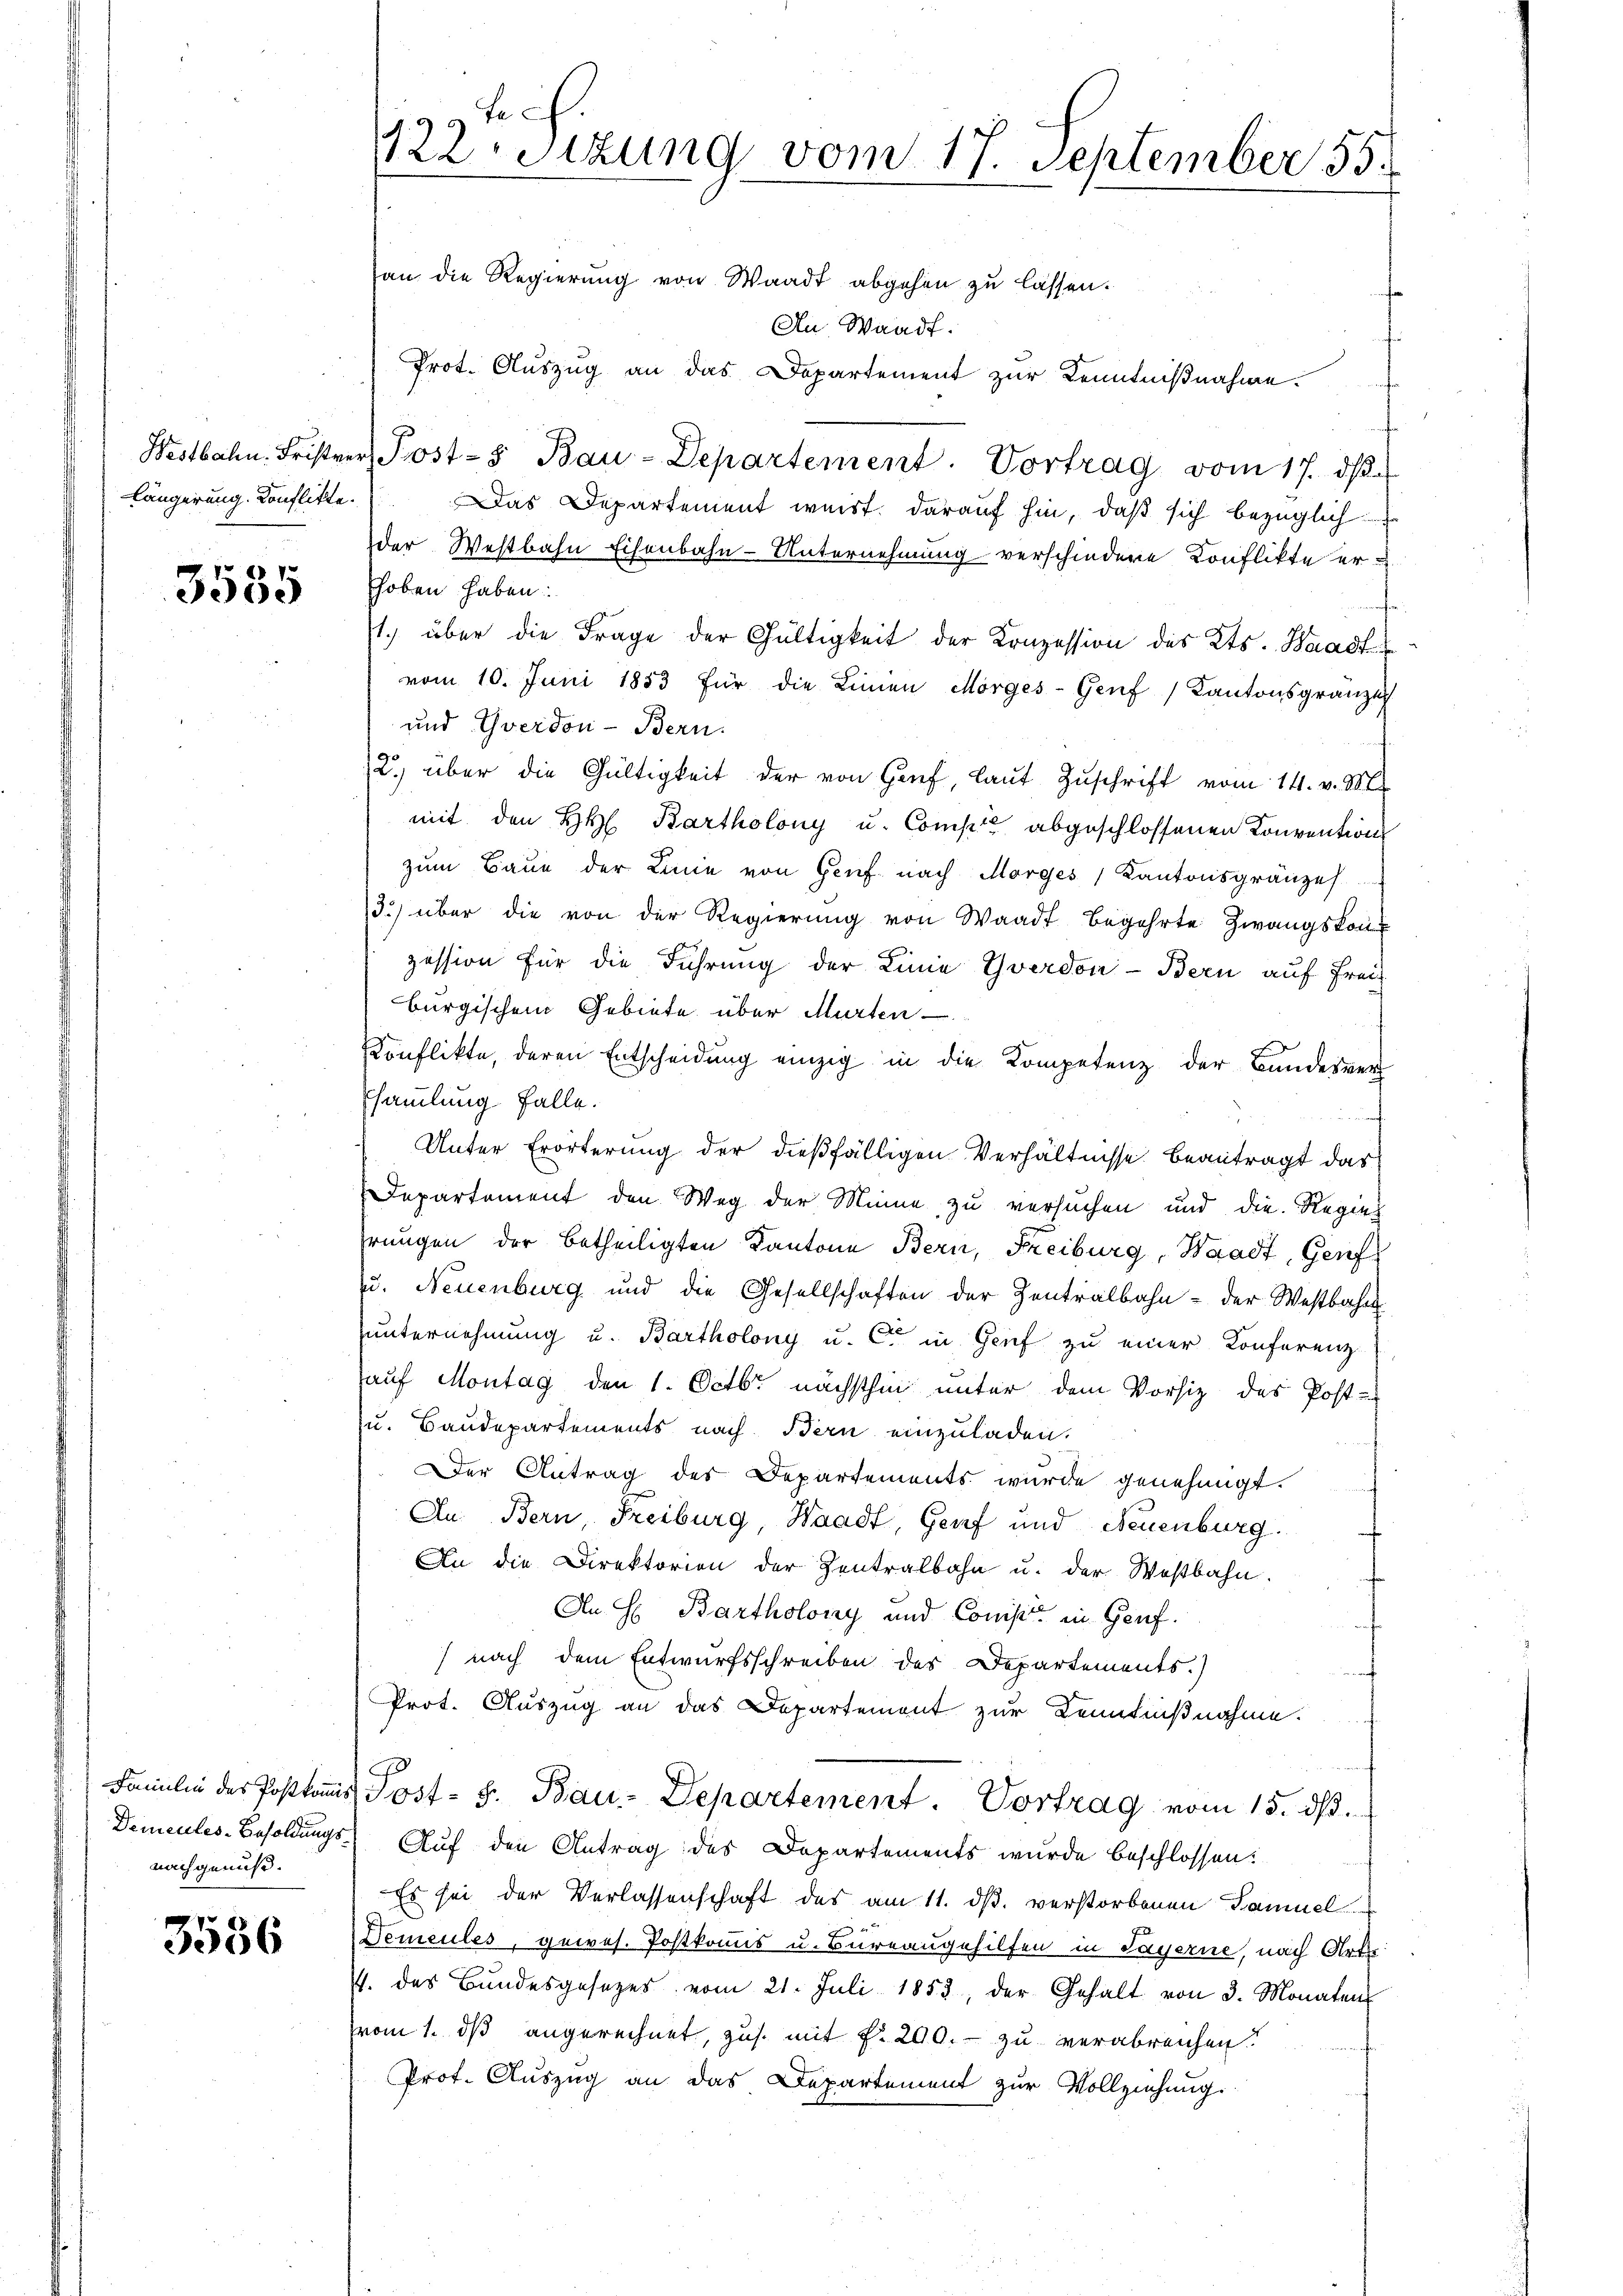
längerung. Konflikte.

3535

nachgenuß.

3536

an die Regierung von Waadt abgehen zu lassen.
An Waadt.
Prot. Auszug an das Departement zur Kenntnißnahme.
Westbahn. Frister Post- & Bau-Departement. Vortrag vom 17. dβ.
Das Departement weist. Darauf hin, daß sich bezüglich
der Westbahn Eisenbahn-Unternehmung verschiedere Konflikte er-
hoben haben:
1.) über die Frage der Gültigkeit der Konzession des Kts. Waadt
vom 10. Juni 1853 für die Linien Morges-Genf, Kantonsgranz
und Yverdon- Bern.
2. über die Gültigkeit der von Genf, laŭt Zŭschrift vom 14. v. M.
mit den H. Bartholony u. Compte abgeschlossenen Konvention
zŭm Baue der Linie von Genf nach Morges Kantonsgränzes
3. über die von der Regierŭng von Waadt Begehrte Zwangskon
zession für die Führung der Linie Yverdon- Bern auf Frei-
bürgischem Gebiete über Murten
Konflikte, deren Entscheidung einzig in die Kompetenz der Bundesver
Esammlung falle.
Unter Erörterung der dießfälligen Verhältnisse beantragt das
Departement den Weg der Minne zu versuchen und die Regier
rungen der betheiligten Kantone Bern, Freiburg, Waadt, Genf
u. Neuenburg und die Gesellschaften der Zentralbahn - der Westbahn
unternehmung u. Bartholony u. C in Genf zu einer Konferenz
auf Montag den 1. Octbr. nächsthin unter dem Vorsiz des Post-
u. Baudepartements nach Bern einzuladen.
Der Antrag des Departements wurde genehmigt.
An Bern, Freiburg, Waadt, Genf und Neuenburg
An die Direktorien der Zentralbahn u. der Westbahn.
An H: Bartholony und Const in Genf.
(nach dem Entwurfsschreiben des Departements.)
Prot. Auszug an das Departement zur Kenntnißnahme.
Familie der Posttans Post- s. Bau-Departement. Vortrag vom 15. ds.
Demcules-Besoldungs- Auf den Antrag des Departements wurde beschlossen:
Es sei der Verlassenschaft des am 11. ds. verstorbenen Samuel
Dementes, gewes. Postkomis u. Bureaugehilfen in Sagerne, nach Art
4. des Bŭndesgesetzes vom 21. Juli 1852, der Gehalt von 3. Monaten
(vom 1. dß angerechnet, zus. mit §. 200.- zu verabreichen?
Prof. Auszug an das Departement zur Vollziehung.

fe
122. Sitzung vom 17. September 55.